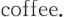
coffee.